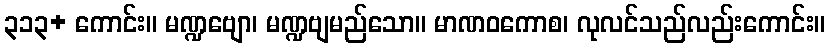
၃၁၃+ ကောင်း။ မဏ္ဍဗျော၊ မဏ္ဍဗျမည်သော။ မာဏဝကောစ၊ လုလင်သည်လည်းကောင်း။